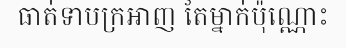
ធាត់ទាបក្រអាញ តែម្នាក់ប៉ុណ្ណោះ